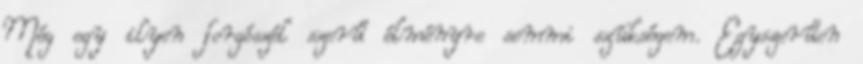
Még egy ilyen forgószél szerű élményre semmi szükségem. Egyszerűen